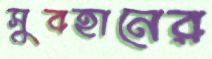
সুবহানের